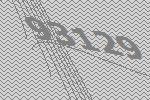
93129